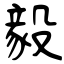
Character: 毅